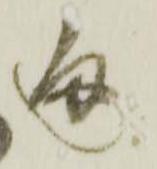
通